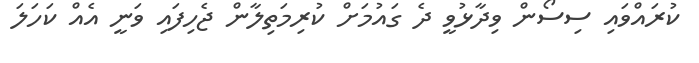
ކުރައްވައި ސިސޯން ވިދާޅުވީ ދެ ގައުމަށް ކުރިމަތިލާން ޖެހިފައި ވަނީ އެއް ކަހަލަ